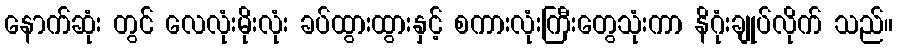
နောက်ဆုံး တွင် လေလုံးမိုးလုံး ခပ်ထွားထွားနှင့် စကားလုံးကြီးတွေသုံးကာ နိဂုံးချုပ်လိုက် သည်။